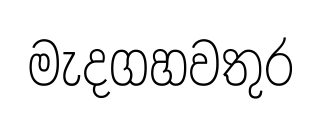
මැදගහවතුර